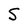
Character: S